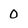
Character: 0